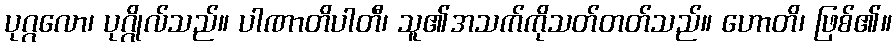
ပုဂ္ဂလော၊ ပုဂ္ဂိုလ်သည်။ ပါဏာတိပါတီ၊ သူ၏အသက်ကိုသတ်တတ်သည်။ ဟောတိ၊ ဖြစ်၏။